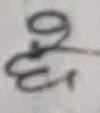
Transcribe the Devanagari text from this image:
६.